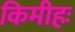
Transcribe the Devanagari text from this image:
किमीहः